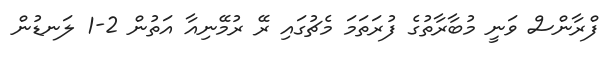
ފްރާންސް ވަނީ މުބާރާތުގެ ފުރަތަމަ މެޗުގައި ރޭ ރުމޭނިއާ އަތުން 2-1 ލަނޑުން